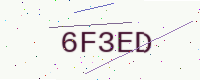
Text: 6F3ED